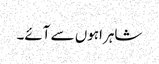
شاہراہوں سے آئے۔